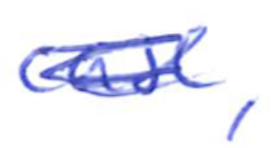
Text: case,
Cross-out: scratch
Writing tool: ballpoint